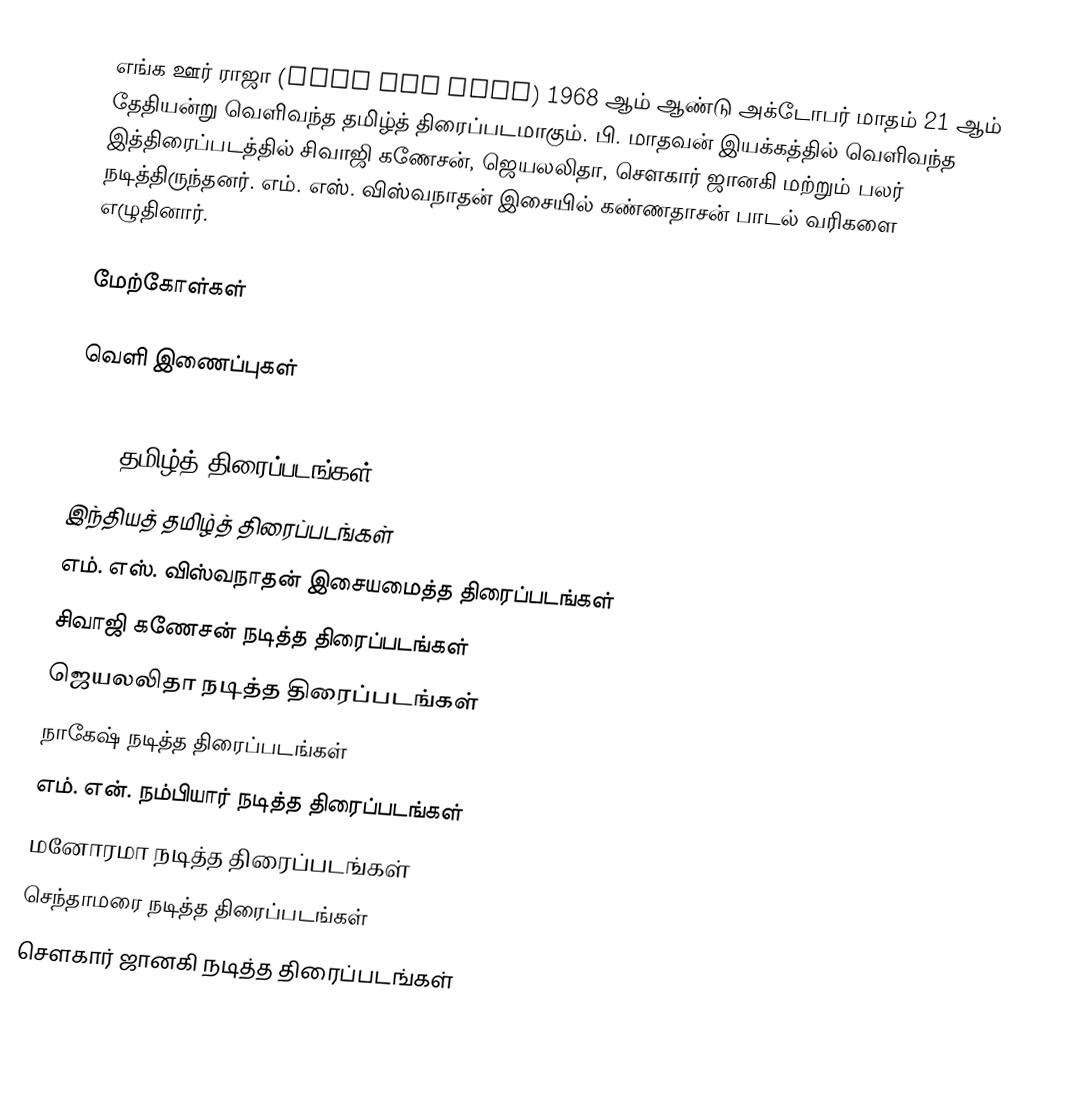
எங்க ஊர் ராஜா (Enga Oor Raja) 1968 ஆம் ஆண்டு அக்டோபர் மாதம் 21 ஆம் தேதியன்று வெளிவந்த தமிழ்த் திரைப்படமாகும்.  பி. மாதவன் இயக்கத்தில் வெளிவந்த இத்திரைப்படத்தில் சிவாஜி கணேசன், ஜெயலலிதா, சௌகார் ஜானகி மற்றும் பலர் நடித்திருந்தனர். எம். எஸ். விஸ்வநாதன் இசையில் கண்ணதாசன் பாடல் வரிகளை எழுதினார்.

மேற்கோள்கள்

வெளி இணைப்புகள்

1968 தமிழ்த் திரைப்படங்கள்
இந்தியத் தமிழ்த் திரைப்படங்கள்
எம். எஸ். விஸ்வநாதன் இசையமைத்த திரைப்படங்கள்
சிவாஜி கணேசன் நடித்த திரைப்படங்கள்
ஜெயலலிதா நடித்த திரைப்படங்கள்
நாகேஷ் நடித்த திரைப்படங்கள்
எம். என். நம்பியார் நடித்த திரைப்படங்கள்
மனோரமா நடித்த திரைப்படங்கள்
செந்தாமரை நடித்த திரைப்படங்கள்
சௌகார் ஜானகி நடித்த திரைப்படங்கள்